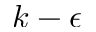
k - \epsilon